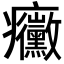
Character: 𭼼